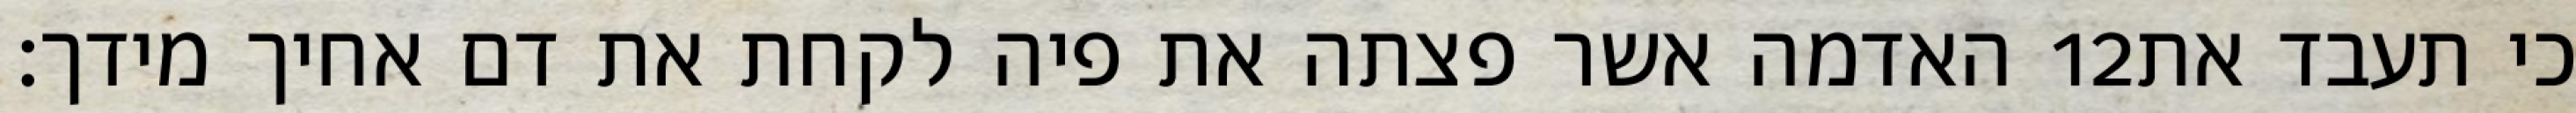
האדמה אשר פצתה את פיה לקחת את דם אחיך מידך׃ ‎12‏ כי תעבד את